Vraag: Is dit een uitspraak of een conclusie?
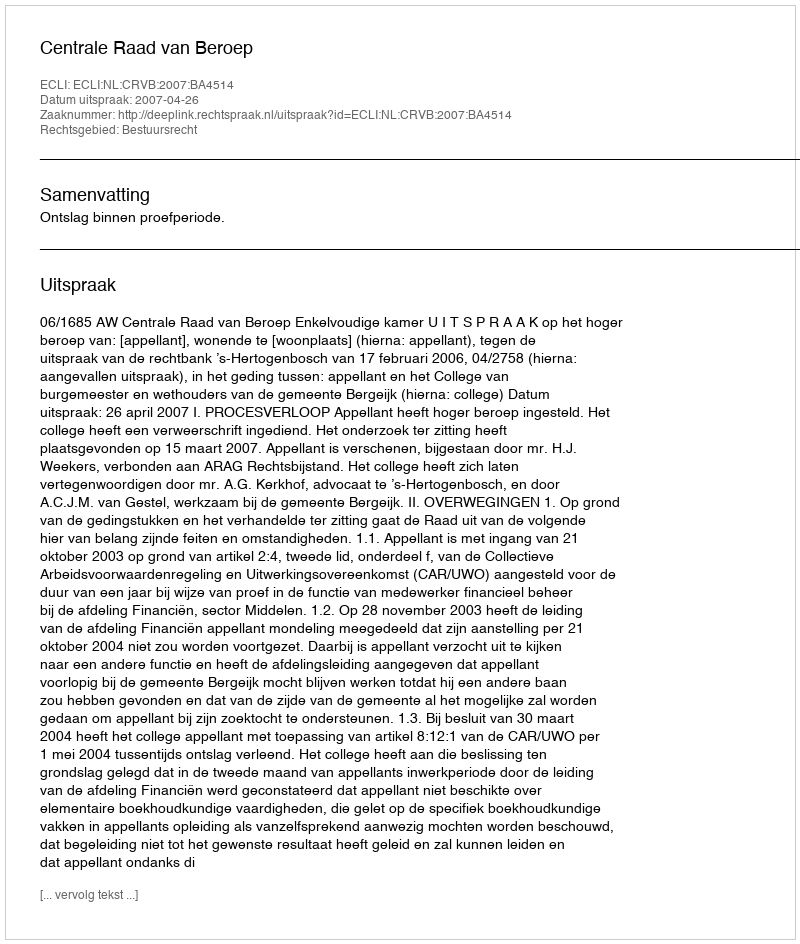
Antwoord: Uitspraak